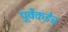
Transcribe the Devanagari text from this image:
पूर्वेकडेच